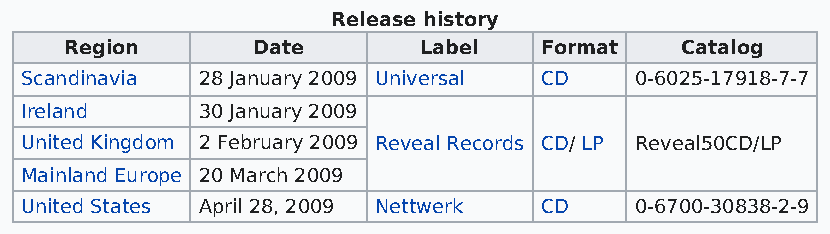
Release history
 Region       Date       Label   Format   Catalog
 Scandinavia 28 January 2009 Universal CD 0-6025-17918-7-7
 Ireland     30 January 2009
 United Kingdom 2 February 2009 Reveal Records CD/ LP Reveal50CD/LP
 Mainland Europe 20 March 2009
 United States April 28, 2009 Nettwerk CD 0-6700-30838-2-9